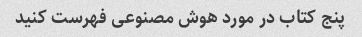
پنج کتاب در مورد هوش مصنوعی فهرست کنید